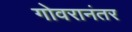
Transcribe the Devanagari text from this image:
गोवरानंतर